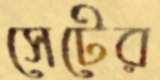
সেটের